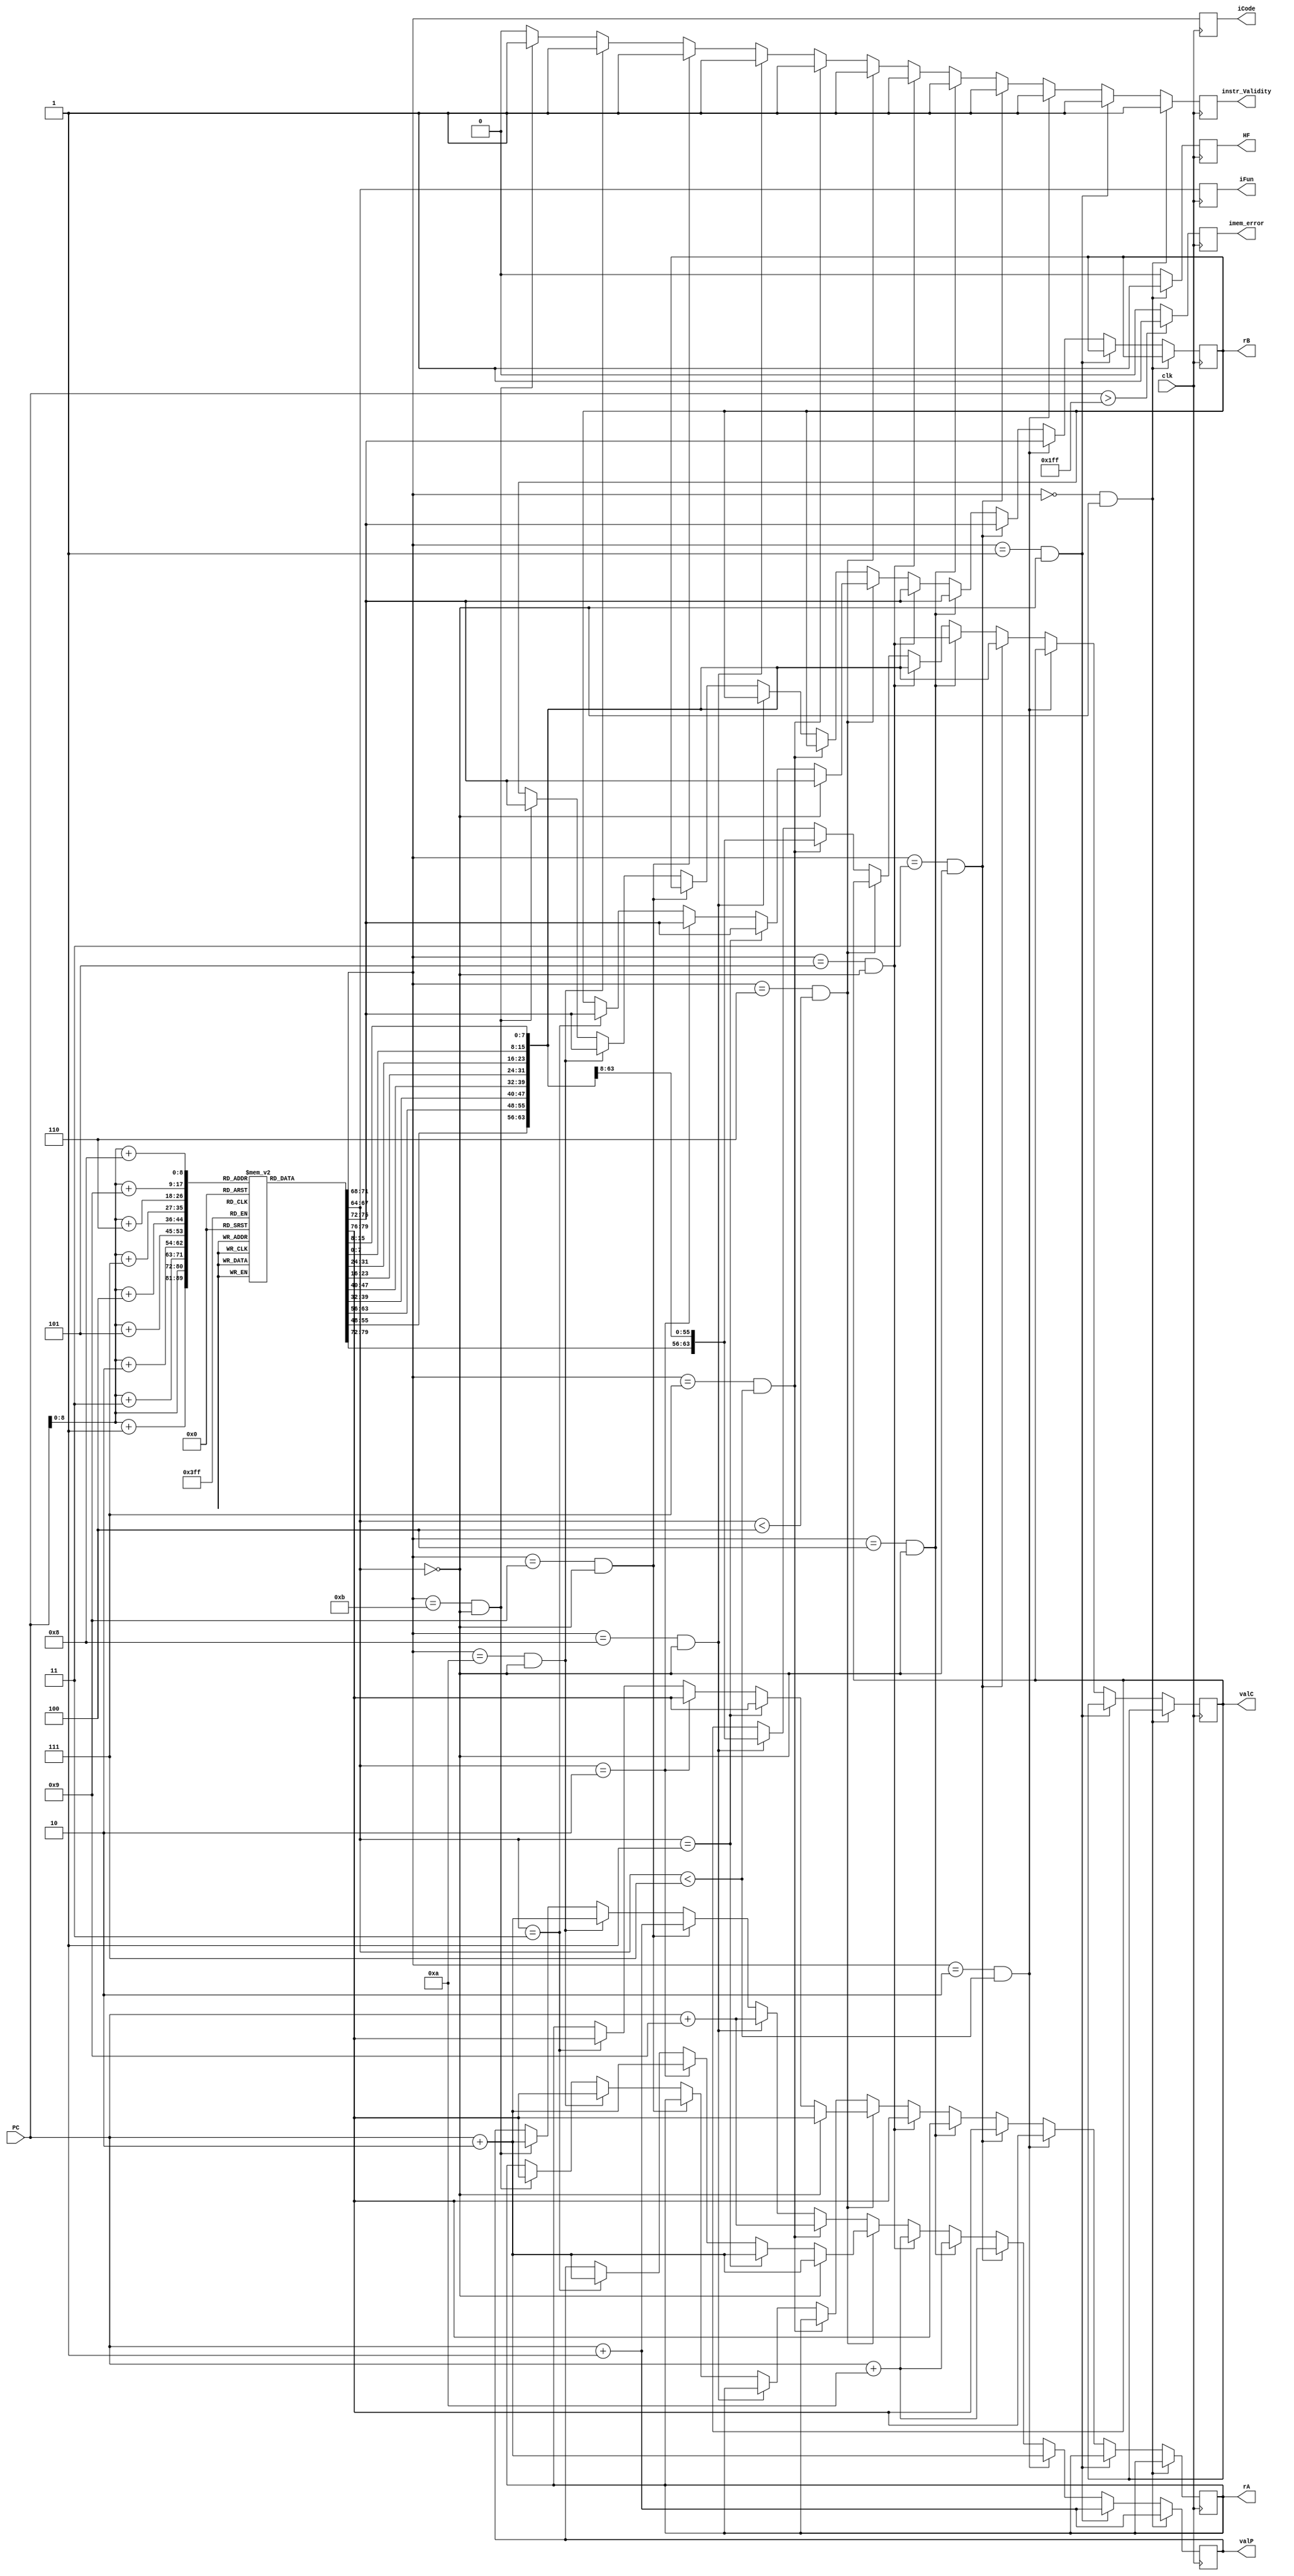
module fetch(clk, PC, rA , rB , iCode , iFun ,valC,valP,instr_Validity, imem_error,HF);

// PORT DECLARATION
parameter N = 511;
input [63:0] PC;
input clk;
output reg[3:0] iCode,iFun,rA,rB; // instruction
output reg[63:0] valC,valP;  // values to be assigned for op and PC update
output reg instr_Validity,imem_error,HF; // Validity and memory overflow flag and halt flag 'HF' to distinguish between 
                                         //                                         HALT and NOop.

reg [7:0] InstructionMemory [0:N]; // Can take 511 single byte instructions at a time.

reg [0:79]Instruction;

initial begin
    // //   //mrmovq $0x10, %rdx
   InstructionMemory[10]=8'b01000000; //4 0   PC = 10
   InstructionMemory[11]=8'b00000010; //rA=0 rB=2
   InstructionMemory[12]=8'b00000000;           
   InstructionMemory[13]=8'b00000000;           
   InstructionMemory[14]=8'b00000000;           
   InstructionMemory[15]=8'b00000000;           
   InstructionMemory[16]=8'b00000000;           
   InstructionMemory[17]=8'b00000000;           
   InstructionMemory[18]=8'b00000000;          
   InstructionMemory[19]=8'b00010000; //V=16


   // OPq addq
   InstructionMemory[29]=8'b01100000; // 6 0  (add)   // PC = 29
   InstructionMemory[30]=8'b00010010; // 1 2  %rcx %rdx
   
   

   //jxx
   InstructionMemory[20]=8'b01110000; //7 0   (jmp)  // PC  = 20;
   InstructionMemory[21]=8'b00000000; 
   InstructionMemory[22]=8'b00000000;           
   InstructionMemory[23]=8'b00000000;           
   InstructionMemory[24]=8'b00000000;           
   InstructionMemory[25]=8'b00000000;           
   InstructionMemory[26]=8'b00000000;           
   InstructionMemory[27]=8'b00000000;           
   InstructionMemory[28]=8'b00010000; //dest = 16
   
   //call
   InstructionMemory[31]=8'b10000000; // 80 (call) // PC =31
   InstructionMemory[32]=8'b00000000; 
   InstructionMemory[33]=8'b00000000; 
   InstructionMemory[34]=8'b00000000; 
   InstructionMemory[35]=8'b00000000;
   InstructionMemory[36]=8'b00000000; 
   InstructionMemory[37]=8'b00000000; 
   InstructionMemory[38]=8'b00000000; 
   InstructionMemory[39]=8'b01000000;  // dest
   
     
   
end



always@(posedge clk)
 begin

                Instruction = {InstructionMemory[PC],InstructionMemory[PC+1],
                               InstructionMemory[PC+2],InstructionMemory[PC+3],
                               InstructionMemory[PC+4],InstructionMemory[PC+5],
                               InstructionMemory[PC+6],InstructionMemory[PC+7],
                               InstructionMemory[PC+8],InstructionMemory[PC+9]
                               }; // Concatenating the Instruction memory to make a single 10 byte instruction.
 
     instr_Validity = 1'b1;
     if(PC>N)
     begin
         imem_error =1;  // Checking for Memory Overflow; assign 1 if TRUE;
     end

     else
     begin
            imem_error =0;  // Assign 0 if FALSE
     end
     iCode = Instruction[0:3];
     iFun  = Instruction[4:7];
     HF = 1'b0;
     if((iCode==4'b0000) & (iFun==4'b0000) ) // Halt ;
     begin
         valP = PC+64'd1;
         HF = 1'b1;
     end

     else if ((iCode==4'b0001)&(iFun==4'b0000)) begin
         valP = PC+64'd1;
     end

     else if((iCode==4'b0010)&(iFun<4'b0111)) // ccmovxx
     begin
         rA = Instruction[8:11];
         rB = Instruction[12:15];
         valP = PC + 64'd2;
     end

     else if ((iCode==4'b0011)&(iFun==4'b0000))//irmovq
     begin  
         rA = Instruction[8:11];
         rB = Instruction[12:15];
         valC = Instruction[16:79];           // Stores immediate value to be moved
         valP = PC+64'd10;
         
     end

     else if((iCode==4'b0100)&(iFun==4'b0000)) //rmmovq
       begin
         rA = Instruction[8:11];
         rB = Instruction[12:15];
         valC = Instruction[16:79];           // Stores Displacement value
         valP = PC+64'd10;
       end

     else if ((iCode==4'b0101)&(iFun==4'b0000)) //mrmovq
     begin
         rA = Instruction[8:11];
         rB = Instruction[12:15];
         valC = Instruction[16:79];           // Stores Displacement value
         valP = PC+ 64'd10;    
     end

     else if ((iCode==4'b0110) & (iFun<4'b0100))         //OPq
     begin
         if ((iFun==4'b0000)) 
         begin                                          //addq
             rA = Instruction[8:11];
             rB = Instruction[12:15];
             valP = PC + 64'd2;
         end

         else if (iFun==4'b0001) 
         begin                                          //subq
             rA = Instruction[8:11];
             rB = Instruction[12:15];
             valP = PC + 64'd2;
         end

         else if (iFun==4'b0010) 
         begin                                          //andq
             rA = Instruction[8:11];
             rB = Instruction[12:15];
             valP = PC + 64'd2;
         end

         else if (iFun==4'b0011) 
         begin                                          //xorq
             rA = Instruction[8:11];
             rB = Instruction[12:15];
             valP = PC + 64'd2;
         end
     end

   else if ((iCode==4'b0111) & (iFun<4'b0111))          // jxx  Instruction size is of 9 bytes for jump intsruction. 
     begin
            
             valC = Instruction[8:71];  // stores destination 
             valP = PC + 64'd9;
     end

     else if ((iCode==4'b1000)&(iFun==4'b0000))        // call 
     begin
             
             valC = Instruction[8:71];
             valP = PC + 64'd9;
     end

     else if((iCode==4'b1001)&(iFun==4'b0000))         //return (ret)
     begin
             valP = PC + 64'd1;    
     end

     else if((iCode==4'b1010)&(iFun==4'b0000))         //pushq 
     begin
             rA = Instruction[8:11];
             rB = Instruction[12:15];
             valP = PC + 64'd2;
     end

     else if((iCode==4'b1011)&(iFun==4'b0000))         //popq 
     begin
             rA = Instruction[8:11];
             rB = Instruction[12:15];
             valP = PC + 64'd2;
     end

     else 
     begin
             instr_Validity = 1'b0;                       // If any other combination is entered its invalid;    
     end
 end

endmodule